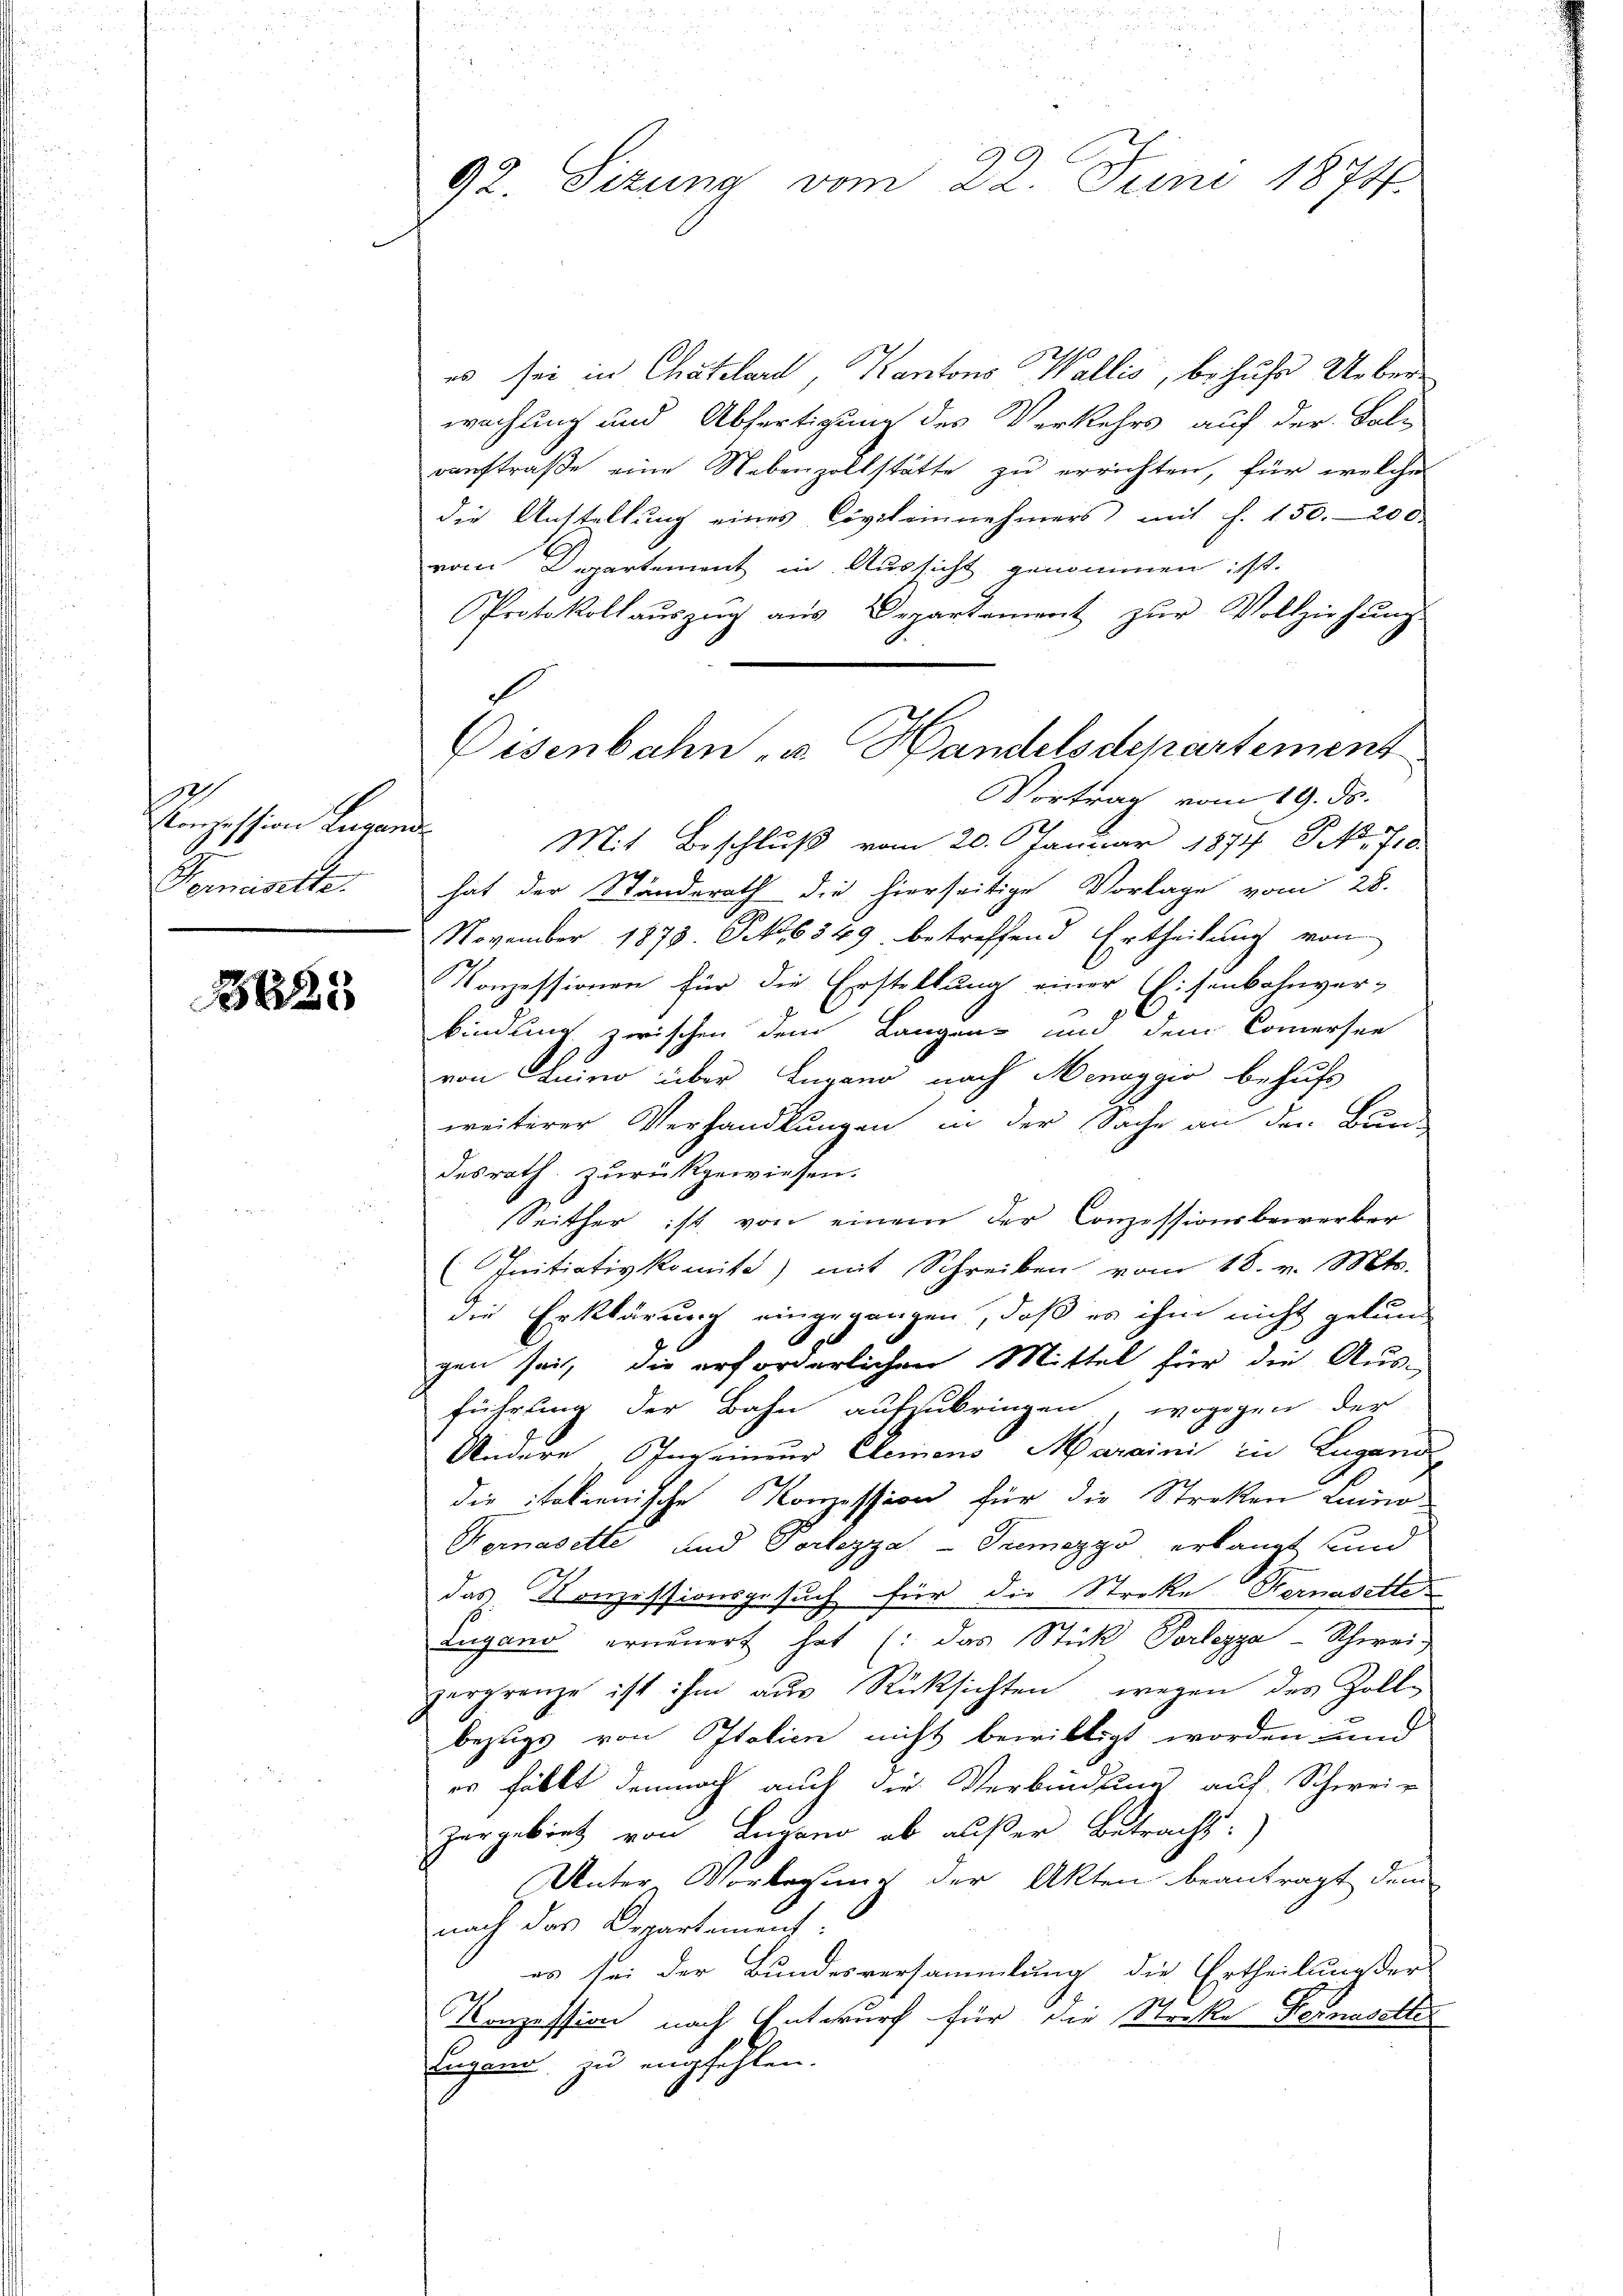
1
Konzession Lugan
Pernasette.

3625

39.
92. Sizung vom 22. Juni 1874.

es sei in Chatelard, Kantons Wallis, behufs Ueberwachung und Abfertigung des Verkehrs auf der Fal-
ranstraße eine Nebenzollstätte zu errichten, für welches
die Anstellung eines Civileinnehmers mit f. 150. 200.
vom Departement in Aussicht genommen ist.
Protokollaŭszŭg aŭs Departement zŭr Vollziehŭng
Vortrag vom 19. ds.
f
Mit Beschluß vom 20. Januar 1874 NNo. 710.
hat der Ständerath die hierseitige Vorlage vom 28.
November 1873 S. 6349 betreffend Ertheilung von
Konzessionen für die Erstellung einer Eisenbahnver-
bindung zwischen dem Langen und dem Commersee
von Luino über Lugano nach Menaggio behufs
weiterer Verhandlungen in der Sache an den Bur-
desrath zurückgewiesen.
Seither ist von einem der Conzessionsbewerber
Initiativkomite) mit Schreiben vom 18. v. Mts.
die Erklärung eingegangen, daß es ihm nicht gelung
gen sei, die erforderlichen Mittel für die Ausführung der Bahn aufzubringen, wogegen der
Andere Ingerneur Clemens Maraini in Lugang
die italienische Konzession für die Streken Luino¬
Hernasette und Portezza - Tremezzo erlangt und
das Konzessionsgesuch für die Streke Hermasette
Lugano erneuert hat (: das Stück Verlegga-Schwei
zergrenze ist ihm aus Rücksichten wegen des Zoll-
bezugs von Italien nicht bewilligt worden und
er fällt demnach auch die Verbindung auf Schweiz
zergebiet von Lugano ob außer Betracht:
Unter Vorlegung der Akten beantragt dem
nach das Departement:
es sei der Bundesversammlung die Ertheilung der
Konzession nach Entwurf für die Streke Fernasettes
Eigen zu empfehlen.

Disenbahn, u. Handelsdepartement